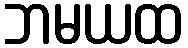
ဘမယထ